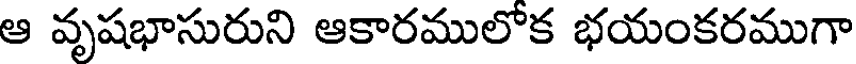
ఆ వృషభాసురుని ఆకారములోక భయంకరముగా